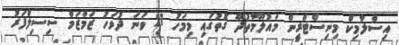
އިސްލާމިކް މިނިސްޓްރީން މައުލޫމާތުދޭ ގޮތުގައި މިމަހު 21 ވަނަ ދުވަހު ޒަމްޒަމް ސިސިލްފަރު